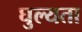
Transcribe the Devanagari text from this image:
घुल्यता